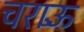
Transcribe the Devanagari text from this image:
चराऊँ